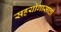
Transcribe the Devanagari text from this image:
सहयोगासाठी